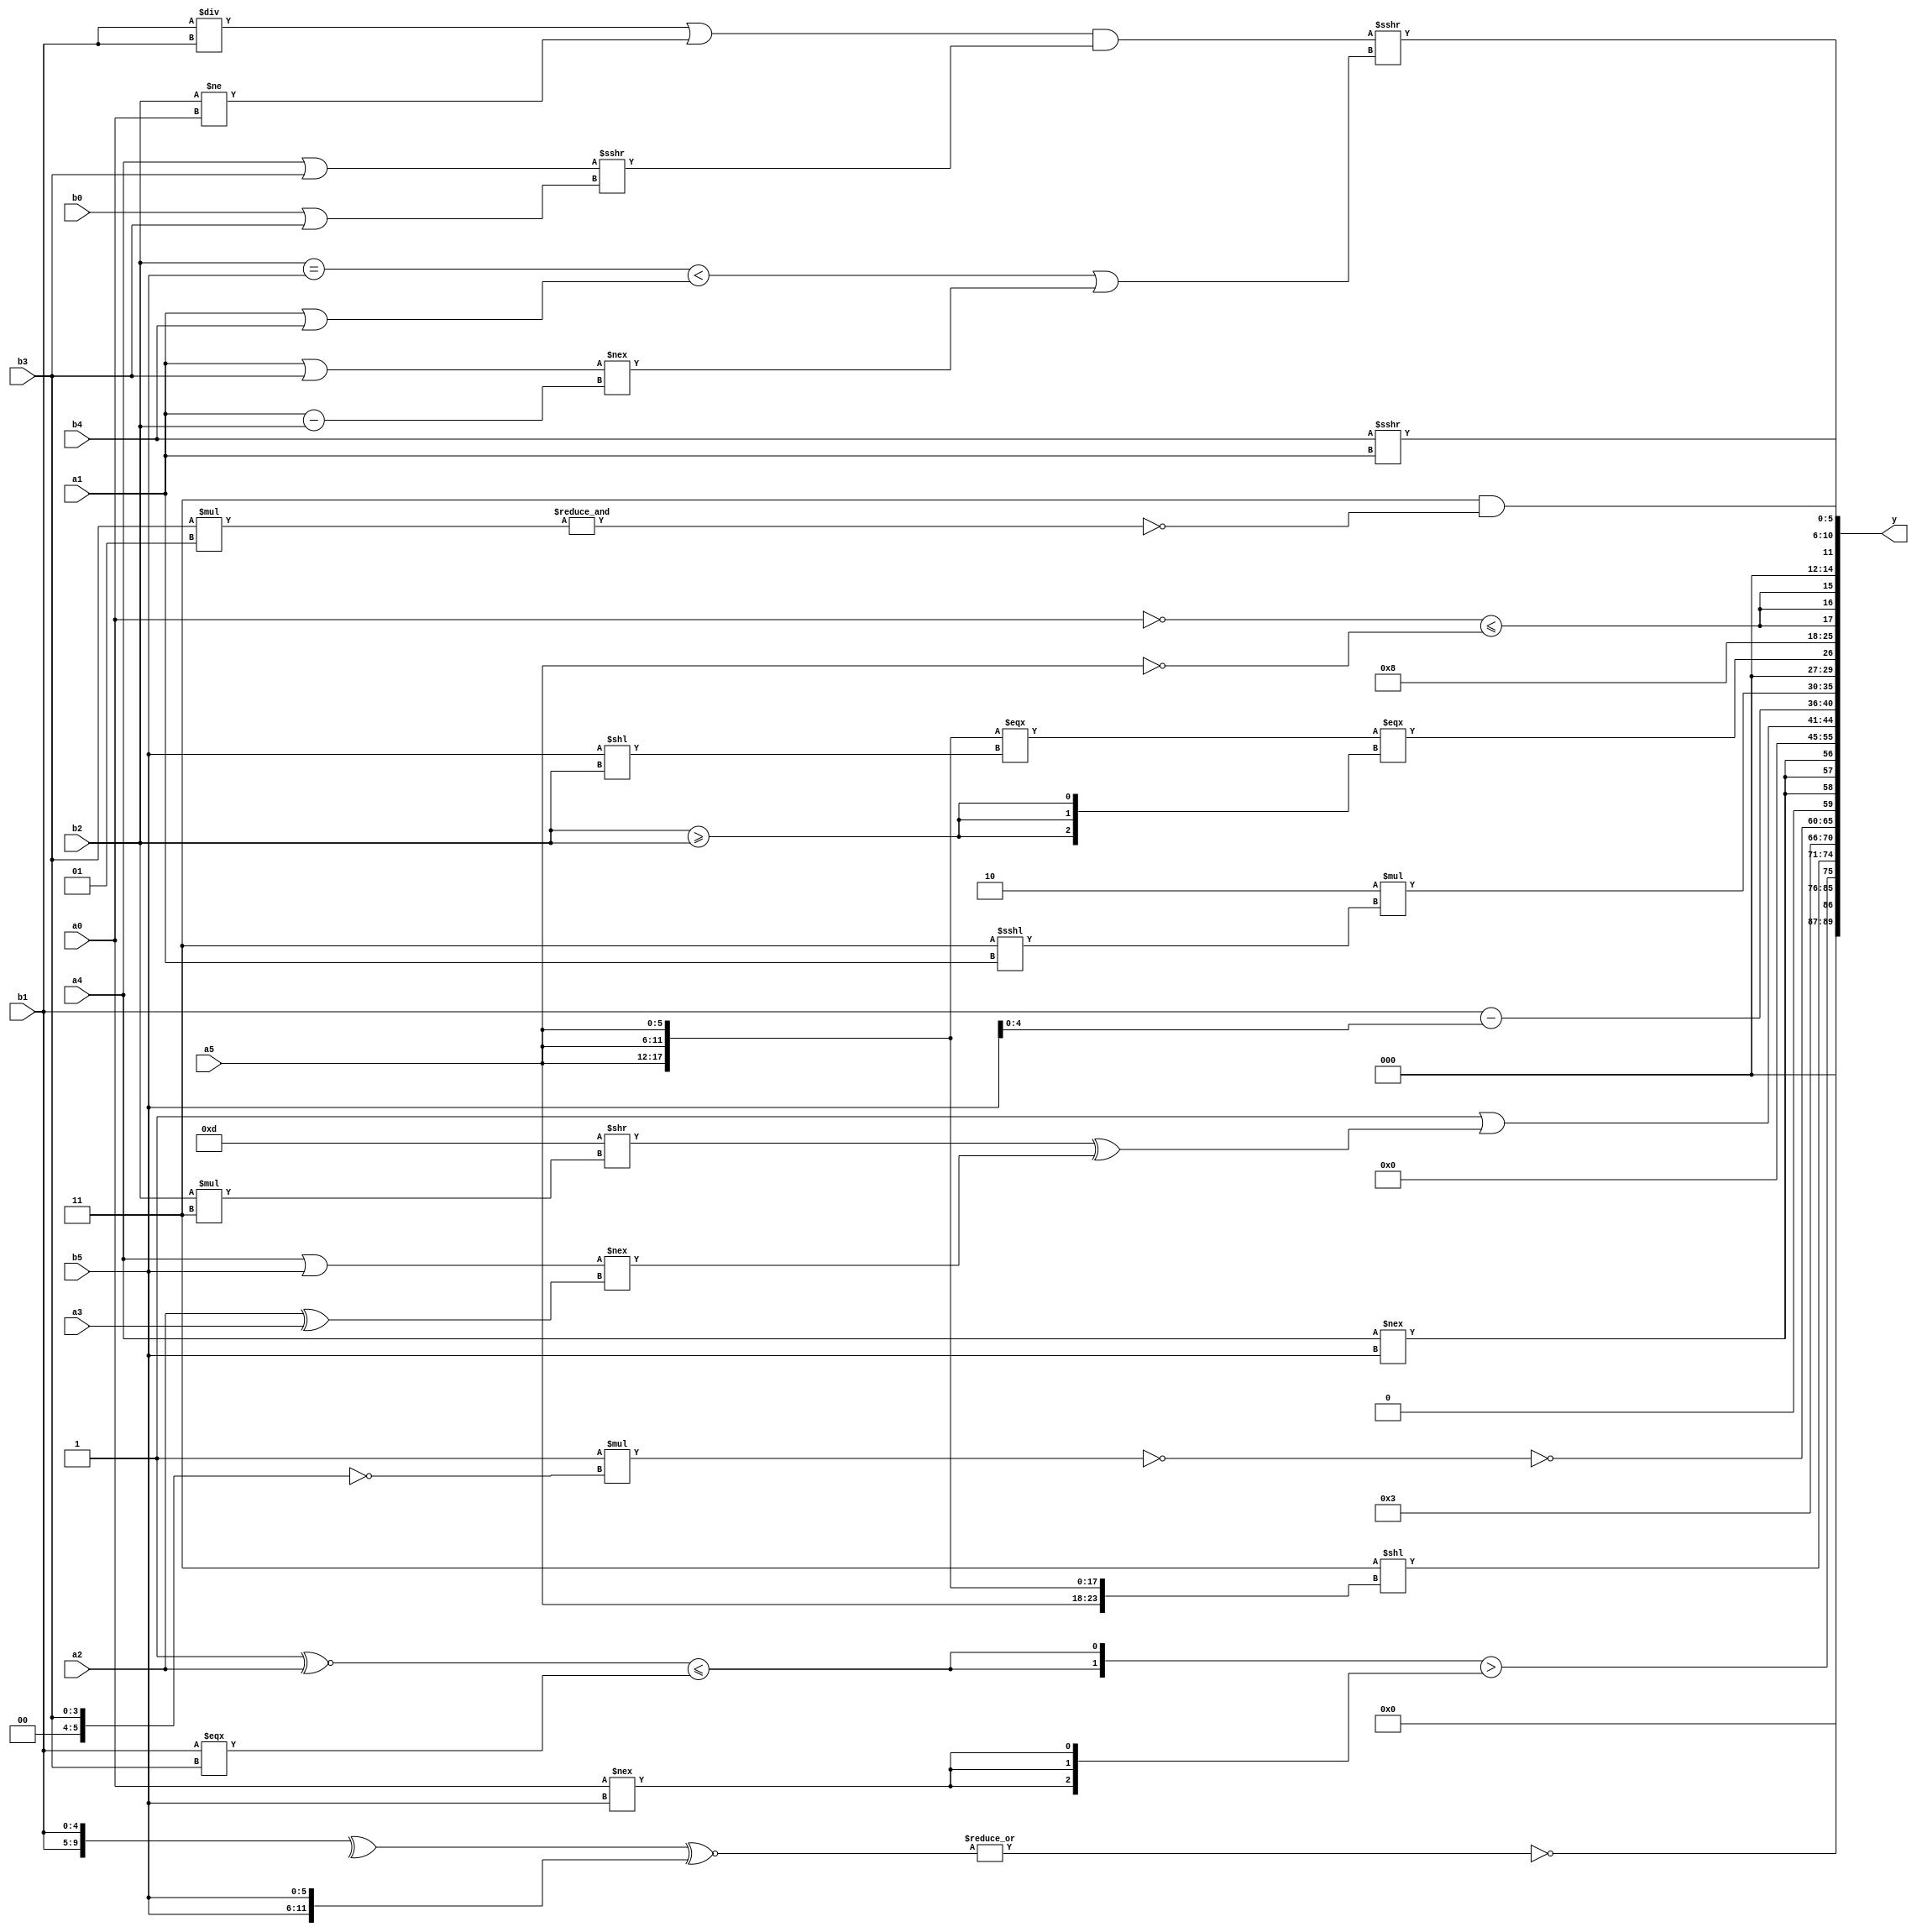
module expression_00022(a0, a1, a2, a3, a4, a5, b0, b1, b2, b3, b4, b5, y);
  input [3:0] a0;
  input [4:0] a1;
  input [5:0] a2;
  input signed [3:0] a3;
  input signed [4:0] a4;
  input signed [5:0] a5;

  input [3:0] b0;
  input [4:0] b1;
  input [5:0] b2;
  input signed [3:0] b3;
  input signed [4:0] b4;
  input signed [5:0] b5;

  wire [3:0] y0;
  wire [4:0] y1;
  wire [5:0] y2;
  wire signed [3:0] y3;
  wire signed [4:0] y4;
  wire signed [5:0] y5;
  wire [3:0] y6;
  wire [4:0] y7;
  wire [5:0] y8;
  wire signed [3:0] y9;
  wire signed [4:0] y10;
  wire signed [5:0] y11;
  wire [3:0] y12;
  wire [4:0] y13;
  wire [5:0] y14;
  wire signed [3:0] y15;
  wire signed [4:0] y16;
  wire signed [5:0] y17;

  output [89:0] y;
  assign y = {y0,y1,y2,y3,y4,y5,y6,y7,y8,y9,y10,y11,y12,y13,y14,y15,y16,y17};

  localparam [3:0] p0 = (((5'd1)>>(5'd31))!=(6'd2 * (4'd11)));
  localparam [4:0] p1 = ((6'd2 * (+{2{(3'd5)}}))>(^((&(4'd1))?((5'sd1)>>>(4'd9)):{2{(3'sd2)}})));
  localparam [5:0] p2 = (~&(&(&(^((((2'd3)?(5'sd3):(2'd1))?((4'sd5)||(5'd30)):((4'sd6)?(2'sd0):(5'd9)))>(~&((-3'sd2)?(5'd25):(5'sd6))))))));
  localparam signed [3:0] p3 = ((!(3'sd0))<=(-(-4'sd7)));
  localparam signed [4:0] p4 = (^(~&{3{(^(2'd3))}}));
  localparam signed [5:0] p5 = ((~&((-3'sd3)?(-4'sd3):(2'sd0)))?(~&(3'd6)):{(3'd0),((5'd5)==(3'sd0))});
  localparam [3:0] p6 = (^{1{(|(+(+(4'sd3))))}});
  localparam [4:0] p7 = (-(~^({1{(4'd1)}}!=(2'sd0))));
  localparam [5:0] p8 = {((2'd0)<<<(4'd3)),(-(-3'sd1)),(~^(4'd0))};
  localparam signed [3:0] p9 = ((-2'sd1)*((-3'sd0)!=(5'd22)));
  localparam signed [4:0] p10 = ((|{2{(4'd14)}})==(~&(6'd2 * (2'd0))));
  localparam signed [5:0] p11 = {(-(2'd1)),((4'sd3)>=(5'd13))};
  localparam [3:0] p12 = (!{3{(&{1{{(-5'sd3),(4'd8),(-3'sd1)}}})}});
  localparam [4:0] p13 = ((((5'd25)>(3'd1))/(3'd4))>((5'd2 * (5'd27))/(3'd0)));
  localparam [5:0] p14 = (~&(4'sd3));
  localparam signed [3:0] p15 = ((^(&(~&(~^(2'd1)))))?(&(!(~^(4'd8)))):(!(~&(~&(!(4'd0))))));
  localparam signed [4:0] p16 = (!(-3'sd3));
  localparam signed [5:0] p17 = {((-3'sd0)|(3'd0)),(4'd2 * (5'd8))};

  assign y0 = {1{(-(~|((^{2{b1}})^~{2{b5}})))}};
  assign y1 = (2'd0);
  assign y2 = ({1{{{2{((p5^~a2)<=(b1===b3))}}}}}>{3{(a0!==b5)}});
  assign y3 = ({2{(p9>=p6)}}<<{4{a5}});
  assign y4 = {($signed(p12)=={p12}),(|(3'd2))};
  assign y5 = (~$unsigned((~((p12<p9)*(!(p4?b3:a2))))));
  assign y6 = {3{(|(a4!==b5))}};
  assign y7 = (((&p11)+(~|p17))>>>{3{p17}});
  assign y8 = (~|{(-3'sd3)});
  assign y9 = ($unsigned((4'sd1))|(((5'd13)>>(b2*p8))^((a4|b5)!==(a2^a3))));
  assign y10 = {{a3,b1},(b5<b1),(b1-b5)};
  assign y11 = {({a0,a0,a1}?(a1<b0):(a2^~a0)),(6'd2 * (p8<<<a1))};
  assign y12 = (({1{$signed((~&(~({3{a5}}===(b5<<b2)))))}}==={3{(b2>=b2)}}));
  assign y13 = ({2{p5}}<<(p3^p5));
  assign y14 = {3{((!a0)<=(~a5))}};
  assign y15 = ((~(2'd0))&&(~&$signed((b3*p5))));
  assign y16 = ((((b1/b1)|(b2!=a0))&((a4|b3)>>>(b0|b3)))>>>(((b2==b5)<(a1|b4))|((a1||b3)!==(a1-b2))));
  assign y17 = (b4>>>a1);
endmodule